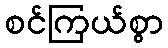
စင်ကြယ်စွာ